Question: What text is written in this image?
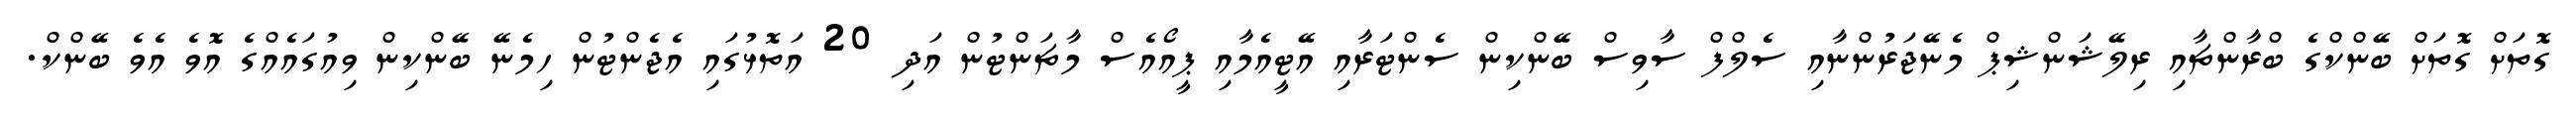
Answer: ގޮތަށް ގޮތަށް ބޭންކްގެ ބްރާންޗާއި ރިލޭޝަންޝިޕް މެނޭޖަރުންނާއި ސެލްފް ސާވިސް ބޭންކިން ސެންޓަރާއި އޭޓީއެމާއި ޕީއޯއެސް މާޗަންޓުން އަދި 20 އަތޮޅުގައި އެޖެންޓުން ހިމެނޭ ބޭންކިން ވިއުގައެއްގެ އޮވެ އެވެ ބޭންކް.